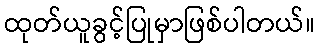
ထုတ်ယူခွင့်ပြုမှာဖြစ်ပါတယ်။